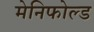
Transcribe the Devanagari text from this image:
मेनिफोल्ड